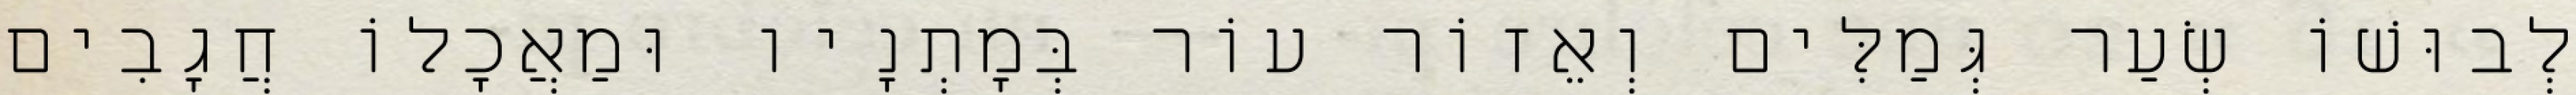
לְבוּשׁוֹ שְׂעַר גְּמַלִּים וְאֵזוֹר עוֹר בְּמָתְנָיו וּמַאֲכָלוֹ חֲגָבִים